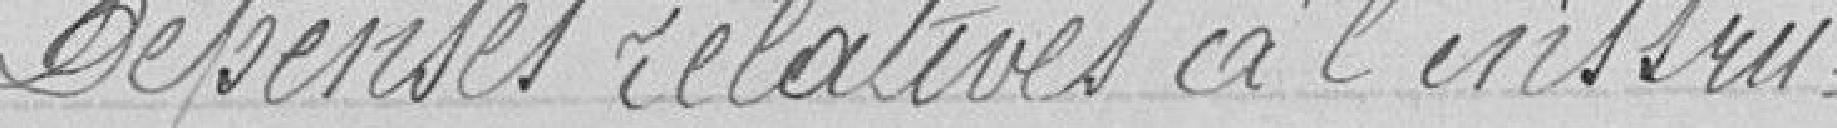
Dépenses relatives à l'instruc-